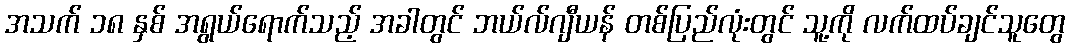
အသက် ၁၈ နှစ် အရွယ်ရောက်သည့် အခါတွင် ဘယ်လ်ဂျီယန် တစ်ပြည်လုံးတွင် သူ့ကို လက်ထပ်ချင်သူတွေ